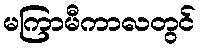
မကြာမီကာလတွင်